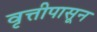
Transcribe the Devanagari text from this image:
वृत्तीपासून